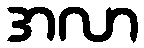
အလာ